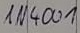
Text: IN4001